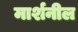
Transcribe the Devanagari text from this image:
मार्शनील